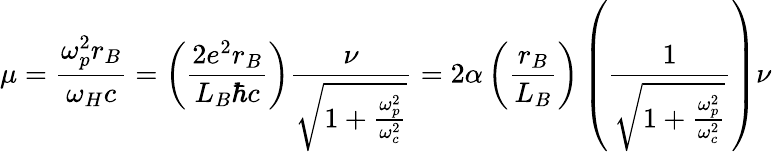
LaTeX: \mu={\frac{\omega_{p}^{2}r_{B}}{\omega_{H}c}}=\left({\frac{2e^{2}r_{B}}{L_{B}\hbar c}}\right){\frac{\nu}{\sqrt{1+{\frac{\omega_{p}^{2}}{\omega_{c}^{2}}}}}}=2\alpha\left({\frac{r_{B}}{L_{B}}}\right)\left({\frac{1}{\sqrt{1+{\frac{\omega_{p}^{2}}{\omega_{c}^{2}}}}}}\right)\nu